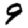
Digit: 9